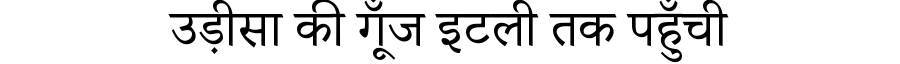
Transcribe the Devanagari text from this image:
उड़ीसा की गूँज इटली तक पहुँची